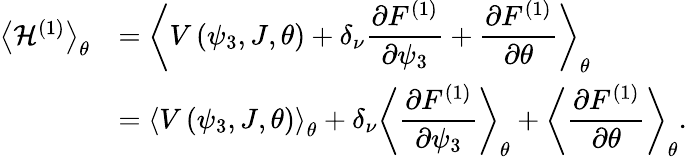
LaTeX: \begin{array}{cl}{\left<{\mathcal{H}^{\left(1\right)}}\right>_{\theta}}&{=\displaystyle\left<{V\left(\psi_{3},J,\theta\right)+\delta_{\nu}\frac{\partial F^{(1)}}{\partial\psi_{3}}+\frac{\partial F^{(1)}}{\partial\theta}}\right>_{\theta}}\\ &{=\displaystyle\left<{V\left(\psi_{3},J,\theta\right)}\right>_{\theta}+\delta_{\nu}\left<{\frac{\partial F^{(1)}}{\partial\psi_{3}}}\right>_{\theta}+\left<{\frac{\partial F^{(1)}}{\partial\theta}}\right>_{\theta}.}\end{array}